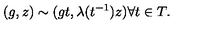
( g , z ) \sim ( g t , \lambda ( t ^ { - 1 } ) z ) \forall t \in T .